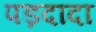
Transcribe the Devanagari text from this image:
पड़दादा